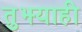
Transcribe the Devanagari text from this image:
तुझ्याही